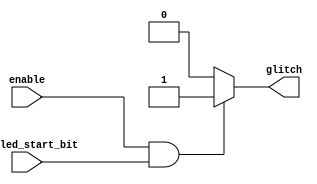
module start_check
  ( input   wire  enable,
    input   wire  sampled_start_bit,
    output  reg   glitch            );
    
    always @(*)
    begin
      if(enable && sampled_start_bit)
        glitch = 1'b1;
      else
        glitch = 1'b0;
    end
endmodule